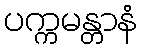
ပက္ကမန္တာနံ